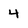
Character: 4